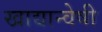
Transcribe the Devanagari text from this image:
खाद्यान्वेषी